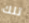
تلك